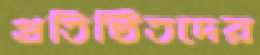
প্রতিষ্ঠিতদের